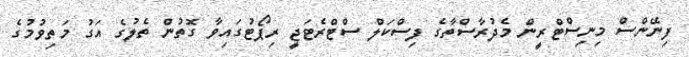
ފިނޭންސް މިނިސްޓްރީން މެދުރާސްތާގެ ފިސްކަލް ސްޓްރެޓަޖީ ރިޕޯޓުގައިވާ ގޮތުން ތެލުގެ އަގު މަތިވުމުގެ